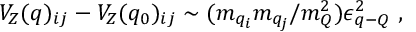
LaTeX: V _ { Z } ( q ) _ { i j } - V _ { Z } ( q _ { 0 } ) _ { i j } \sim ( m _ { q _ { i } } m _ { q _ { j } } / m _ { Q } ^ { 2 } ) \epsilon _ { q { \mathrm { - } } Q } ^ { 2 } ~ ,